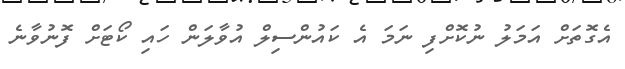
އެގޮތަށް އަމަލު ނުކޮށްފި ނަމަ އެ ކައުންސިލް އުވާލަން ހައި ކޯޓަށް ފޮނުވާނެ